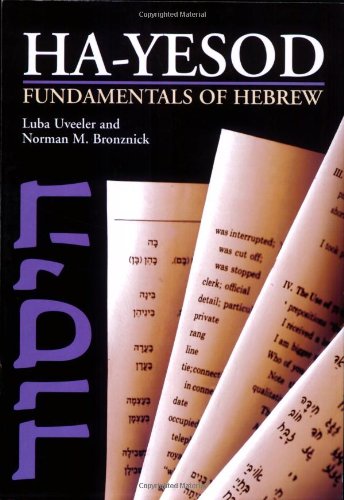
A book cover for Ha-yesod: Fundamentals of Hebrew (English and Hebrew Edition); Luba Uveeler; Reference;